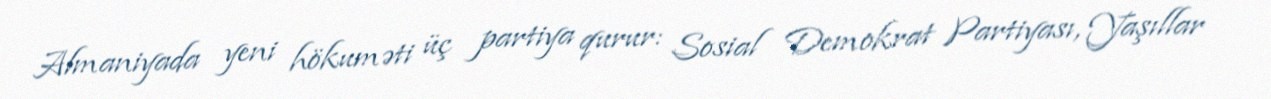
Almaniyada yeni hökuməti üç partiya qurur: Sosial Demokrat Partiyası, Yaşıllar